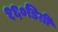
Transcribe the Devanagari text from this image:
१६०डिग्री